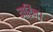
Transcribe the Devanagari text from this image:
गरिन्।